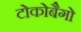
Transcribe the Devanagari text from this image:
टोकोबैगो